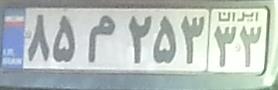
۸۵م۲۵۳۳۳